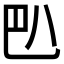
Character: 𰃟